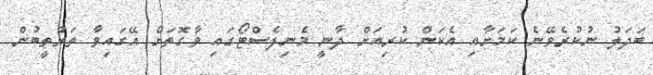
ބަދަލު ނުކުރެވޭނެ ކަމަށާއި އެކަން ކުރިއަށް ދާނީ މެނިފެސްޓޯގައި ވާގޮތަށް އޭގައިވާ ތަރުތީބުން